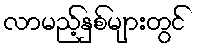
လာမည့်နှစ်များတွင်